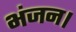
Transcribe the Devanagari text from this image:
भंजन।